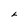
Character: L